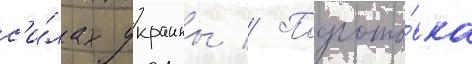
с'и́лах украины // Подгото́вка